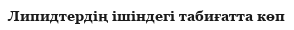
Липидтердің ішіндегі табиғатта көп